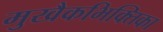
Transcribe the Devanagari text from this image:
मुखैकभिक्तिका